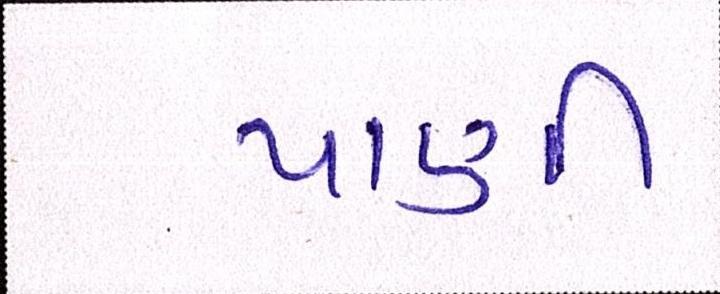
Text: પાણી